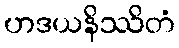
ဟဒယနိဿိတံ